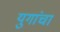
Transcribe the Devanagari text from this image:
युगांचा